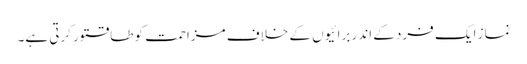
نماز ایک فرد کے اندر برائیوں کے خلاف مزاحمت کو طاقتور کرتی ہے۔